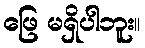
ဖြေ မရှိပါဘူး။